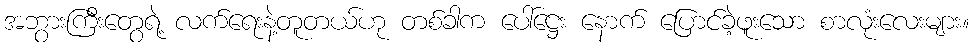
အဘွားကြီးတွေရဲ့ လက်ရေးနဲ့တူတယ်ဟု တစ်ခါက ပေါ်ဋ္ဌေး နောက် ပြောင်ခဲ့ဖူးသော စာလုံးလေးများ။